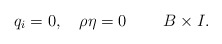
\begin{align*}q_{i}=0,\quad\rho\eta=0\qquad\;B\times I.\end{align*}